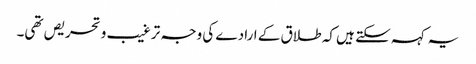
یہ کہہ سکتے ہیں کہ طلاق کے ارادے کی وجہ ترغیب و تحریص تھی۔